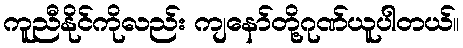
ကူညီနိုင်ကိုလည်း ကျနော်တို့ဂုဏ်ယူပါတယ်။